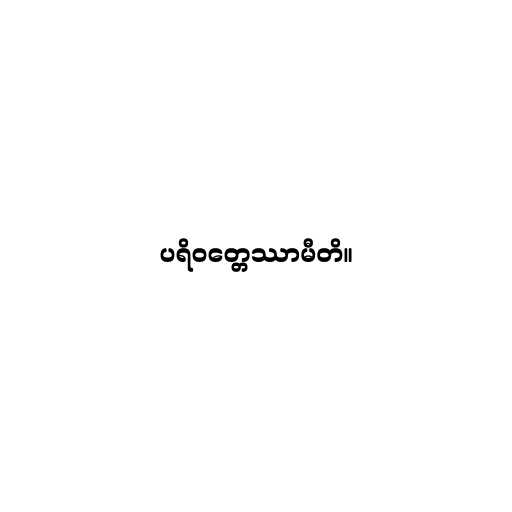
ပရိဝတ္တေဿာမီတိ။